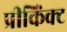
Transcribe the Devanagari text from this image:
प्रीकिंक्ट